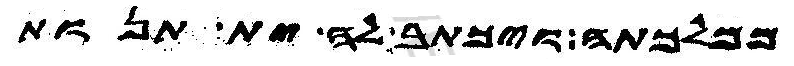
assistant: ממלכתה ויכתב לה ית תנות